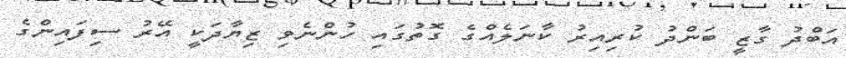
އަބްދު ގާޒީ ބަންދު ކުރިއިރު ކާނަލެއްގެ ގޮތުގައި ހުންނެވި ޒިޔާދަކީ އޭރު ސިފައިންގެ